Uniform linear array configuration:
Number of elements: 16
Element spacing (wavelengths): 0.75
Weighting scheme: hann
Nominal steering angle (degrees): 15
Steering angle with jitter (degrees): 16.46
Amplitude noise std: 0.05
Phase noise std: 0.05

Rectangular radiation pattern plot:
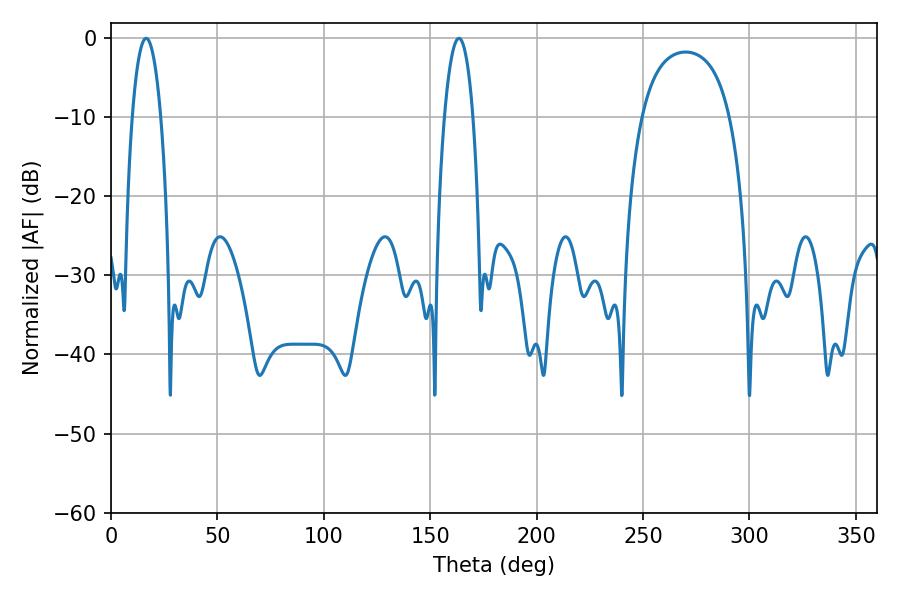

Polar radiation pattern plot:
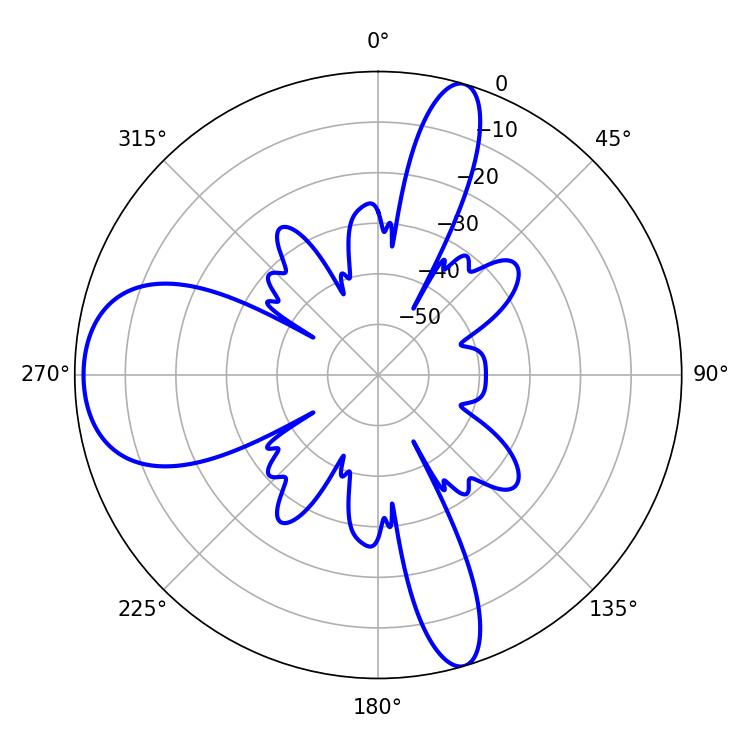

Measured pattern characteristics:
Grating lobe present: TRUE
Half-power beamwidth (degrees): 7.56
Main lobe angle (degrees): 16.56